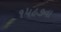
૧૫૯૭ના